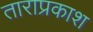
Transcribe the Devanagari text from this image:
ताराप्रकाश